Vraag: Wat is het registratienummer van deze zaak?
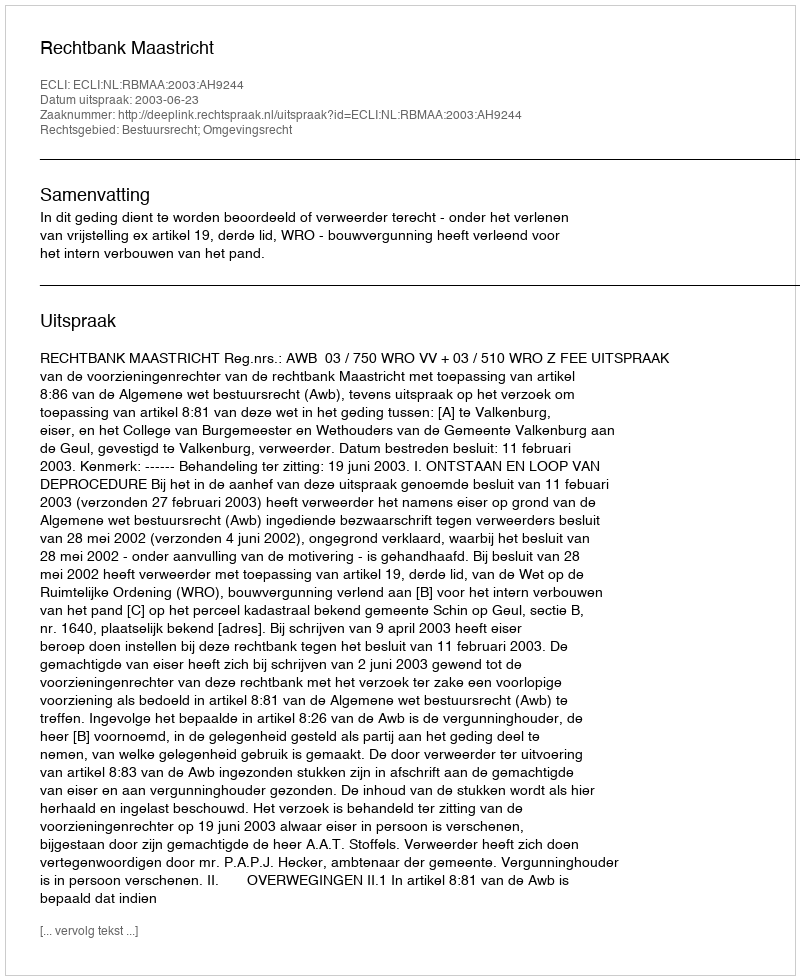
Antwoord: http://deeplink.rechtspraak.nl/uitspraak?id=ECLI:NL:RBMAA:2003:AH9244